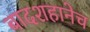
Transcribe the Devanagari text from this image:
बादशहानेच